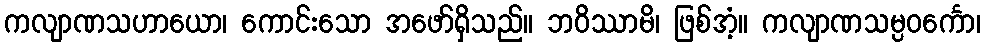
ကလျာဏသဟာယော၊ ကောင်းသော အဖော်ရှိသည်။ ဘဝိဿာမိ၊ ဖြစ်အံ့။ ကလျာဏသမ္ပဝင်္ကော၊